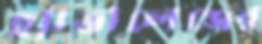
হ্যাভালেঞ্জের